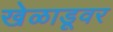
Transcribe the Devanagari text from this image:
खेळाडूवर